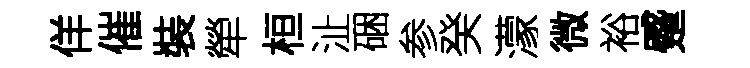
佯催裝犖桓沚硱参癸濛微裕蹙